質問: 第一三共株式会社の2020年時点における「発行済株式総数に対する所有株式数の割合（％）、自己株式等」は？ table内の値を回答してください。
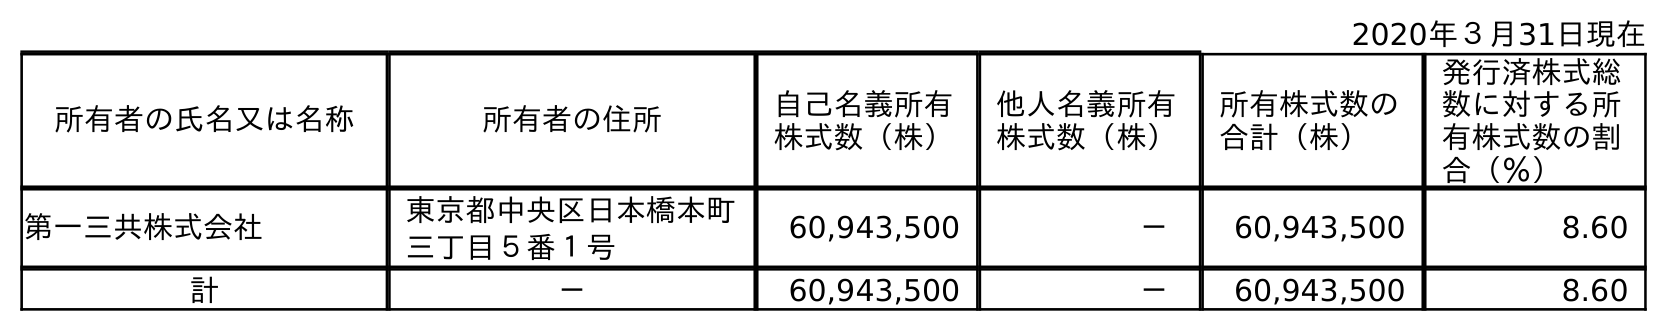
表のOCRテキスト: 2020年３月31日現在 所有者の氏名又は名称 所有者の住所 自己名義所有 株式数（株） 他人名義所有 株式数（株） 所有株式数の 合計（株） 発行済株式総 数に対する所 有株式数の割 合（％） 第一三共株式会社 東京都中央区日本橋本町 三丁目５番１号 60,943,500 － 60,943,500 8.60 計 － 60,943,500 － 60,943,500 8.60
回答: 8.60